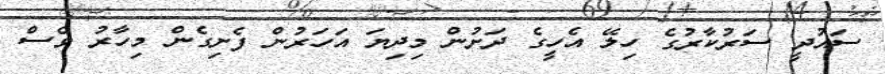
ސައުދީ ސަރުކާރުގެ ހިލޭ އެހީގެ ދަށުން މިދިޔަ އަހަރުން ފެށިގެން މިހާރު ވެސް